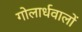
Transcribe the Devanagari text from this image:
गोलार्धवालों